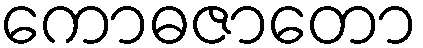
ကောဓဇာတော